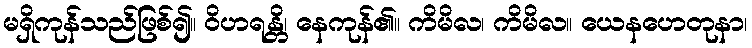
မရှိကုန်သည်ဖြစ်၍။ ဝိဟရန္တိ၊ နေကုန်၏။ ကိမိလ၊ ကိမိလ။ ယေနဟေတုနာ၊